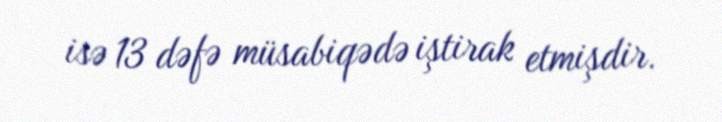
isə 13 dəfə müsabiqədə iştirak etmişdir.